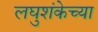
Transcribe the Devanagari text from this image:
लघुशंकेच्या